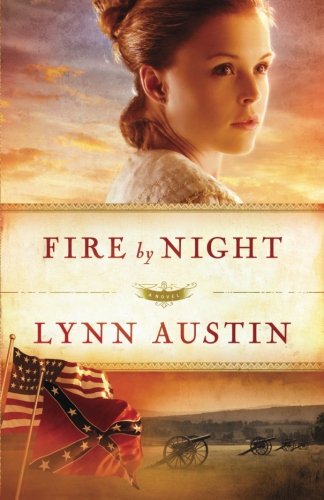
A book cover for Fire by Night (Refiner's Fire) (Volume 2); Lynn Austin; Romance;